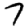
Digit: 7